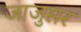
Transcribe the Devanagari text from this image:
जाजुसर